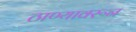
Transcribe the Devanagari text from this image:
ठाण्यावरून